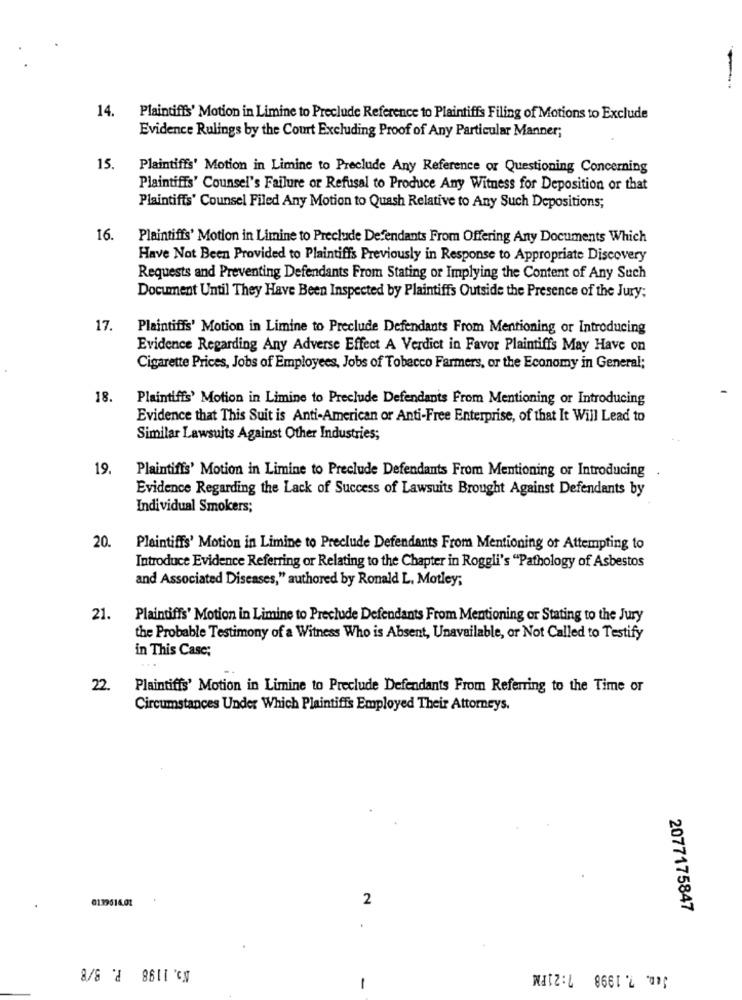
14. Plaintiffs' Motion in Limine to Preclude Reference to Plaintiffs Filing of Motions to Exclude
Evidence Rulings by the Court Excluding Proof of Any Particular Manner;
15.
Plaintiffs' Motion in Limine to Preclude Any Reference or Questioning Concerning
Plaintiffs' Counsel's Failure or Refusal to Produce Any Witness for Deposition or that
Plaintiffs' Counsel Filed Any Motion to Quash Relative to Any Such Depositions;
16.
Plaintiffs' Motion in Limine to Preclude Defendants From Offering Any Documents Which
Have Not Been Provided to Plaintiffs Previously in Response to Appropriate Discovery
Requests and Preventing Defendants From Stating or Implying the Content of Any Such
Document Until They Have Been Inspected by Plaintiffs Outside the Presence of the Jury;
17.
Plaintiffs' Motion in Limine to Preclude Defendants From Mentioning or Introducing
Evidence Regarding Any Adverse Effect A Verdict in Favor Plaintiffs May Have on
Cigarette Prices, Jobs of Employees, Jobs of Tobacco Farmers, or the Economy in General;
18.
Plaintiffs' Motion in Limine to Preclude Defendants From Mentioning or Introducing
Evidence that This Suit is Anti-American or Anti-Free Enterprise, of that It Will Lead to
Similar Lawsuits Against Other Industries;
19,
Plaintiffs' Motion in Limine to Preclude Defendants From Mentioning or Introducing
Evidence Regarding the Lack of Success of Lawsuits Brought Against Defendants by
Individual Smokers;
20.
Plaintiffs' Motion in Limine to Preclude Defendants From Mentioning of Attempting to
Introduce Evidence Referring or Relating to the Chapter in Roggli's "Pathology of Asbestos
and Associated Diseases," authored by Ronald L. Motley;
21.
Plaintiffs' Motion in Limine to Preclude Defendants From Mentioning or Stating to the Jury
the Probable Testimony of a Witness Who is Absent, Unavailable, or Not Called to Testify
in This Case;
...
22
Plaintiffs' Motion in Limine to Preclude Defendants From Referring to the Time or
Circumstances Under Which Plaintiffs Employed Their Attorneys.
0139614.01
2
2077175847
K5. 1198 P. 8/8
Jen. 7. 1998 7:21PM
1